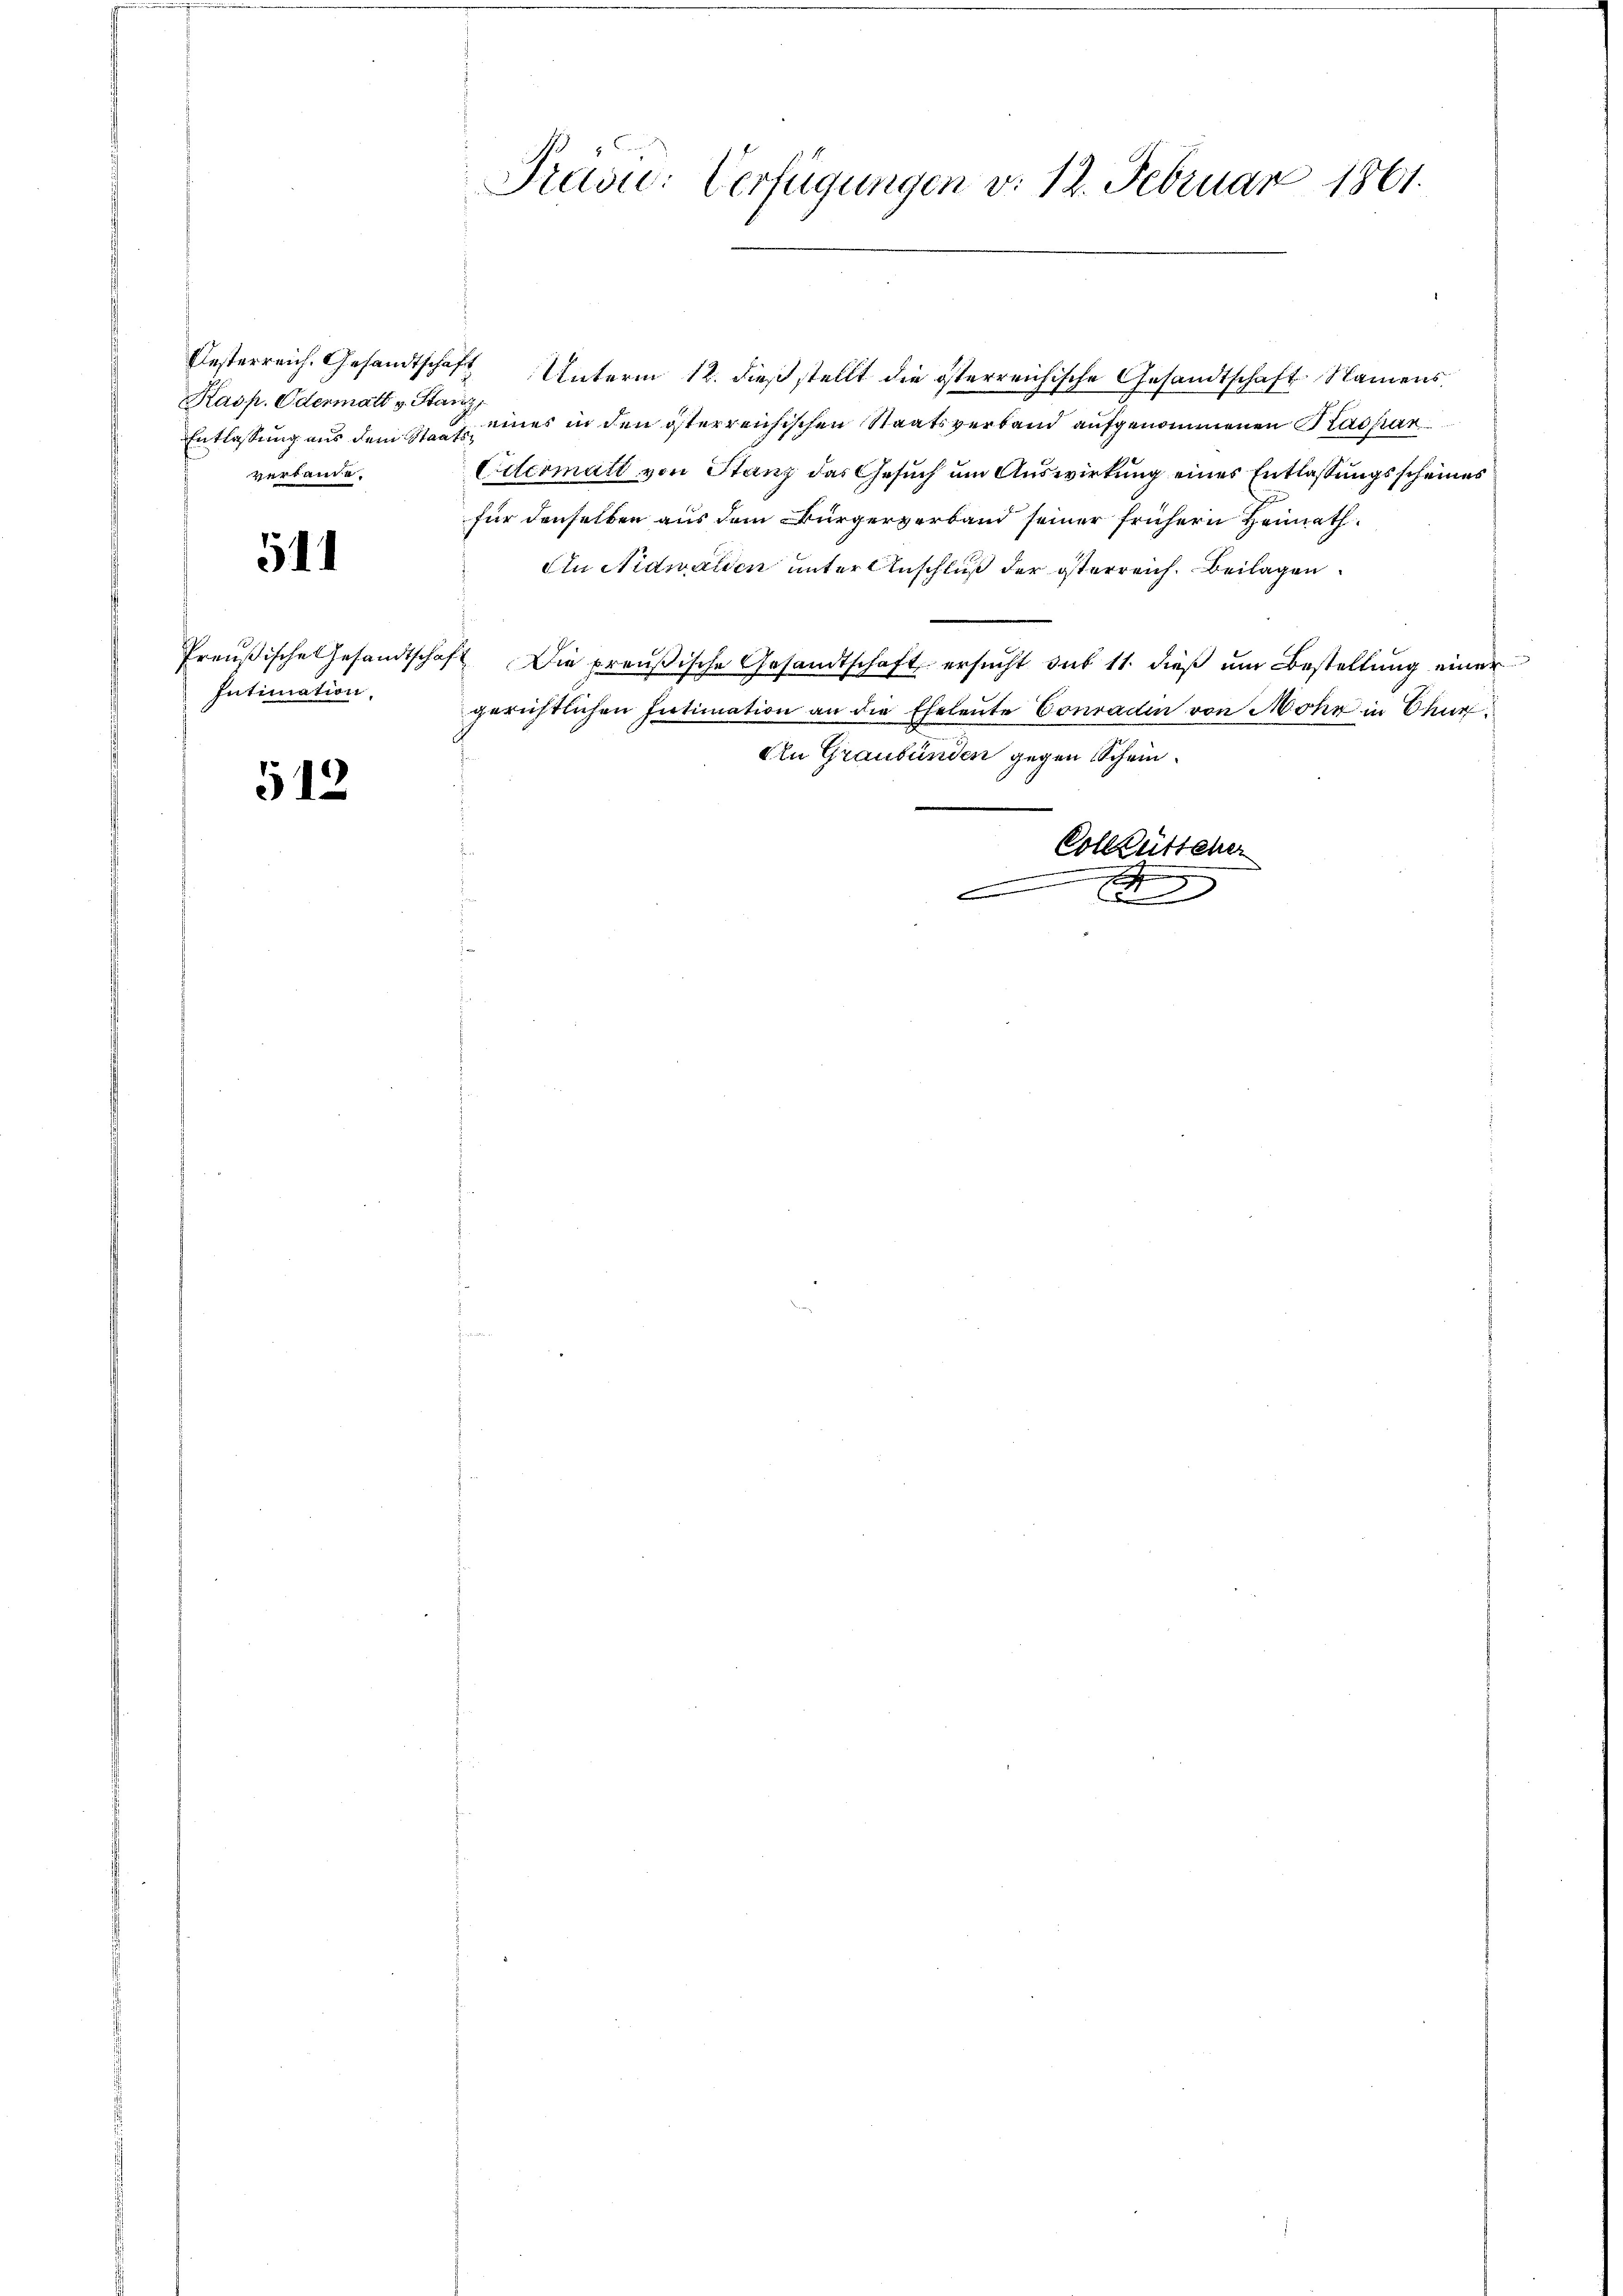
Kasp. Odermatt v. Starz,
Entlassung aus dem Staatsverbande.

511

Intimation.

512

Prävu: Verfügungen v. 12. Februar 1861.

Oesterreich. Gesandtschaft Unterm 12. dieß stellt die österreichische Gesandtschaft Namens
eines in den österreichischen Staatsverband aufgenommenen Kaspar¬
Odermatt von Stanz das Gesuch um Auswirkung eines Entlaßungsscheines
für denselben aus dem Bürgerverband seiner frühern Heimath¬
Au Nidwalden unter Anschluß der österreich. Beilagen
Preußische Gesandtschaft Die preußische Gesandtschaft ersŭcht aus 11. dieß um Bestellung einer
gerichtlichen Intimation an die Eheleute Conradin von Mohr in Chur
Alu Graubünden gegen Schein¬
Collgütteher
.
c
En 5